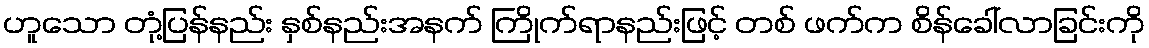
ဟူသော တုံ့ပြန်နည်း နှစ်နည်းအနက် ကြိုက်ရာနည်းဖြင့် တစ် ဖက်က စိန်ခေါ်လာခြင်းကို